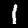
Label: 1